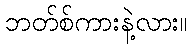
ဘတ်စ်ကားနဲ့လား။